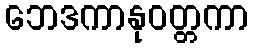
ဘေဒကာနုဝတ္တကာ